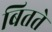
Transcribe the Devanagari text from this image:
बितते